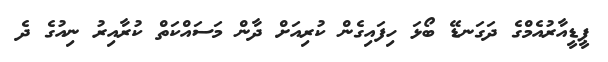
ޕީޑީއާރުއެމްގެ ދަގަނޑޭ ބޯޅަ ހިފައިގެން ކުރިއަށް ދާން މަސައްކަތް ކުރާއިރު ނިއުގެ ދެ